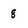
Character: 8